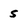
Character: S